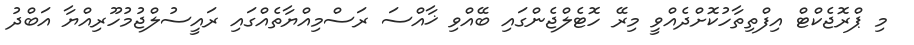
މި ޕްރޮޖެކްޓް އިފްތިތާހުކޮށްދެއްވީ މިރޭ ހޮޓެލްޖެންގައި ބޭއްވި ޚާއްސަ ރަސްމިއްޔާތެއްގައި ރައީސުލްޖުމުހޫރިއްޔާ އަބްދު